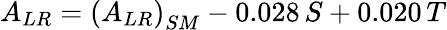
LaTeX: A_{LR}=\left(A_{LR}\right)_{SM}-0.028\, S+0.020\, T